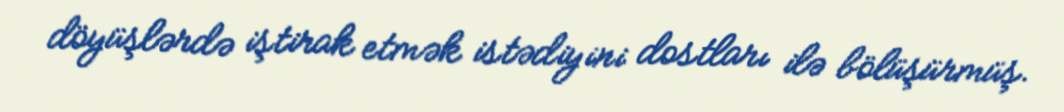
döyüşlərdə iştirak etmək istədiyini dostları ilə bölüşürmüş.